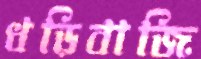
ধড়িবাজি